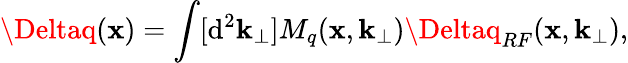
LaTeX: \Deltaq(\mathbf{x})=\int[{\mathrm{d}}^{2}{\mathbf{k}}_{\perp}]M_{q}(\mathbf{x},{\mathbf{k}}_{\perp})\Deltaq_{RF}(\mathbf{x},{\mathbf{k}}_{\perp}),